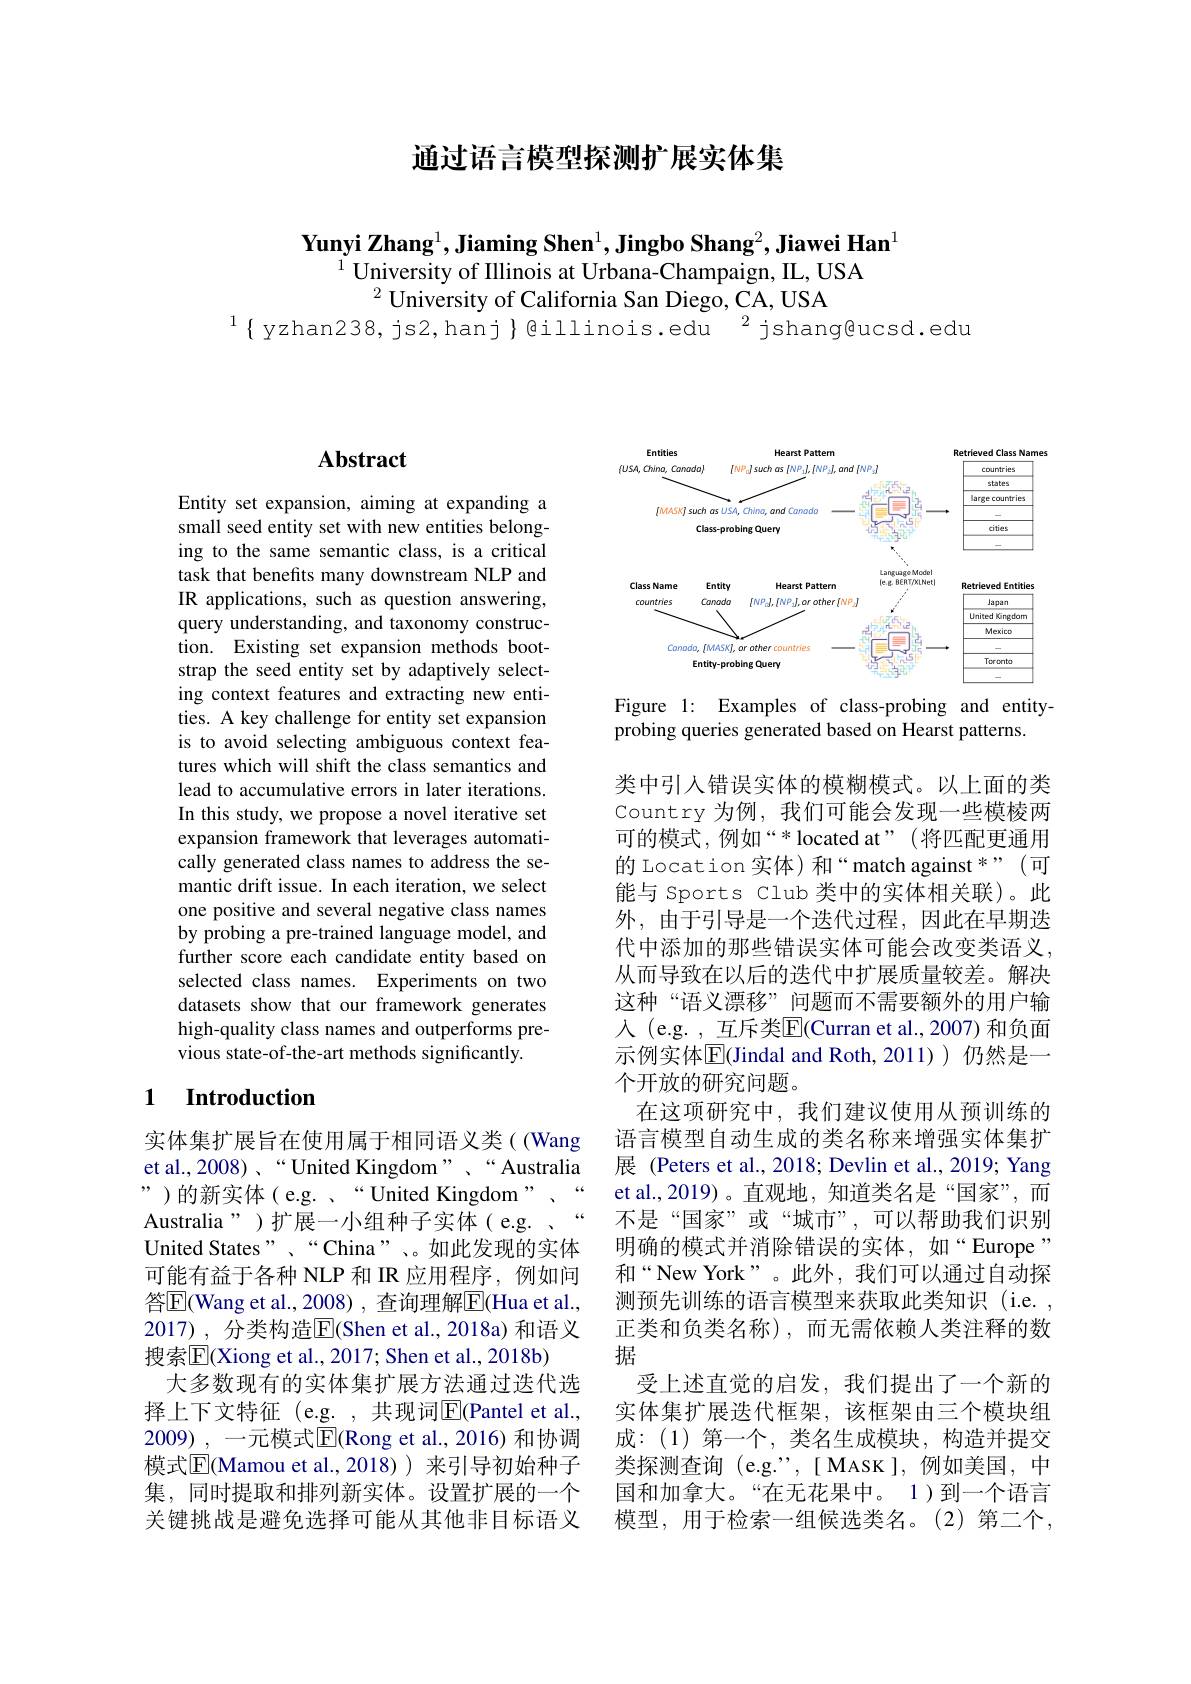
通过语言模型探测扩展实体集

$\textbf{Yunyi Zhang}^1,\textbf{Jiaming Shen}^1,\textbf{Jingbo Shang}^2,\textbf{Jiawei Han}^1$
$^{1}$University of Illinois at Urbana-Champaign, IL, USA
$^2$ University of California San Diego, CA, USA
$^{1}\{$ yzhan238, js2, hanj $\}$@illinois.edu$^2$jshang@ucsd.edu

# Abstract

Entity set expansion, aiming at expanding a small seed entity set with new entities belonging to the same semantic class, is a critical task that benefits many downstream NLP and IR applications, such as question answering, query understanding, and taxonomy construction. Existing set expansion methods bootstrap the seed entity set by adaptively selecting context features and extracting new entities. A key challenge for entity set expansion is to avoid selecting ambiguous context features which will shift the class semantics and lead to accumulative errors in later iterations. In this study, we propose a novel iterative set expansion framework that leverages automatically generated class names to address the semantic drift issue. In each iteration, we select one positive and several negative class names by probing a pre-trained language model, and further score each candidate entity based on selected class names. Experiments on two datasets show that our framework generates high-quality class names and outperforms previous state-of-the-art methods significantly.

### 1 Introduction

实体集扩展旨在使用属于相同语义类((Wang et al., 2008) 、“ United Kingdom”、“ Australia ”)的新实体(e.g.``United Kingdom", Australia")扩展一小组种子实体(e.g. “ United States”、“China”、。如此发现的实体可能有益于各种 NLP 和 IR 应用程序，例如问答$\overline{\mathrm{E}}($Wang et al., 2008) , 查询理解$\overline\mathrm{E}($Hua et al., 2017) , 分类构造$\overline{\mathrm{E}}$(Shen et al., 2018a) 和语义搜索$\overline{\mathrm{E}}$(Xiong et al., 2017; Shen et al., 2018b)
大多数现有的实体集扩展方法通过迭代选择上下文特征(e.g. ,共现词$\underline{\mathrm{E}}$(Pantel et al., 2009) , 一元模式$\overline{\mathrm{E}}($Rong et al.,2016)和协调模式$\overline{\mathrm{E}}($Mamou et al.,2018))来引导初始种子集，同时提取和排列新实体。设置扩展的一个关键挑战是避免选择可能从其他非目标语义

<FigureHere>

Figure 1: Examples of class-probing and entity-
probing queries generated based on Hearst patterns.

类中引入错误实体的模糊模式。以上面的类Country 为例，我们可能会发现一些模棱两可的模式，例如“* located at”(将匹配更通用的 Location 实体) 和“match against *”(可能与 Sports Club 类中的实体相关联)。此外，由于引导是一个迭代过程，因此在早期迭代中添加的那些错误实体可能会改变类语义， 从而导致在以后的迭代中扩展质量较差。解决这种“语义漂移”问题而不需要额外的用户输人 (e.g. , 互斥类$\overline{\mathrm{E}}($Curran et al.,2007)和负面示例实体|F|Jindal and Roth,2011) 仍然是一个开放的研究问题。
在这项研究中，我们建议使用从预训练的语言模型自动生成的类名称来增强实体集扩展 (Peters et al., 2018; Devlin et al., 2019; Yang et al.,2019)。直观地，知道类名是“国家”,而不是“国家”或“城市”,可以帮助我们识别明确的模式并消除错误的实体，如“Europe” 和“New York”。此外，我们可以通过自动探测预先训练的语言模型来获取此类知识(i.e. , 正类和负类名称),而无需依赖人类注释的数据
受上述直觉的启发，我们提出了一个新的实体集扩展迭代框架，该框架由三个模块组成：(1)第一个，类名生成模块，构造并提交类探测查询 (e.g.",[MASK],例如美国，中国和加拿大。“在无花果中。1)到一个语言模型，用于检索一组候选类名。(2)第二个，